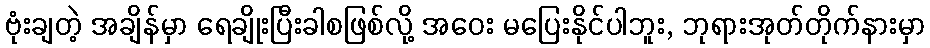
ဗုံးချတဲ့ အချိန်မှာ ရေချိုးပြီးခါစဖြစ်လို့ အဝေး မပြေးနိုင်ပါဘူး, ဘုရားအုတ်တိုက်နားမှာ